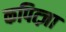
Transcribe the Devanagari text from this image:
कपित्ज़ा